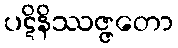
ပဋိနိဿဇ္ဇတော